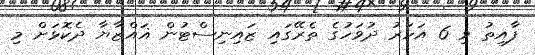
ފާއިތު ވި 6 އަހަރު ދުވަހުގެ ތެރޭގައި ޒައިނިސްޓުން ޣައްޒާޔާ ދެކޮޅަށް މި